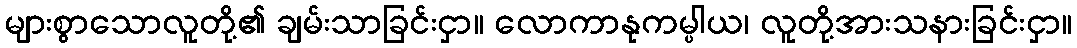
များစွာသောလူတို့၏ ချမ်းသာခြင်းငှာ။ လောကာနုကမ္ပါယ၊ လူတို့အားသနားခြင်းငှာ။